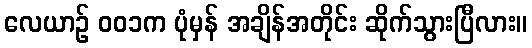
လေယာဉ် ၀၀၁က ပုံမှန် အချိန်အတိုင်း ဆိုက်သွားပြီလား။